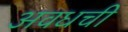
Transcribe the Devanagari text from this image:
अवधची